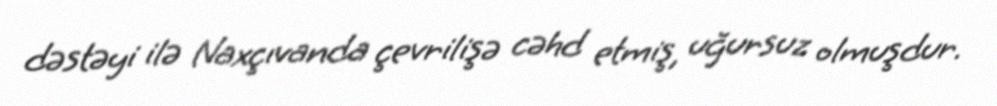
dəstəyi ilə Naxçıvanda çevrilişə cəhd etmiş, uğursuz olmuşdur.